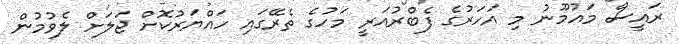
ރައީސް މައުމޫނު މި އަހަރުގެ ފެބްރުއަރީ މަހުގެ ތެރޭގައި ހައްޔަރުކޮށް ޖަލަށް ލެވުމުން